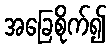
အခြေစိုက်၍